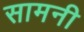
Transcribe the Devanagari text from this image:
सामनी